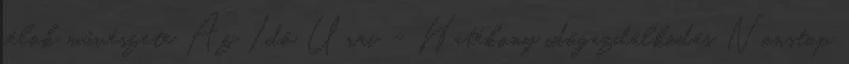
célok művészete Az Idő Urai – Hatékony időgazdálkodás Nonstop